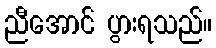
ညီအောင် ပွားရသည်။